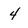
Character: 4